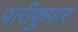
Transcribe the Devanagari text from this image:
पारीकुपार